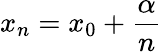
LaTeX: x_{n}=x_{0}+{\frac{\alpha}{n}}